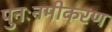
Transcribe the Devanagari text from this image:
पुनःनमीकरण